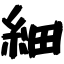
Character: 細